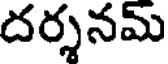
దర్శనమ్